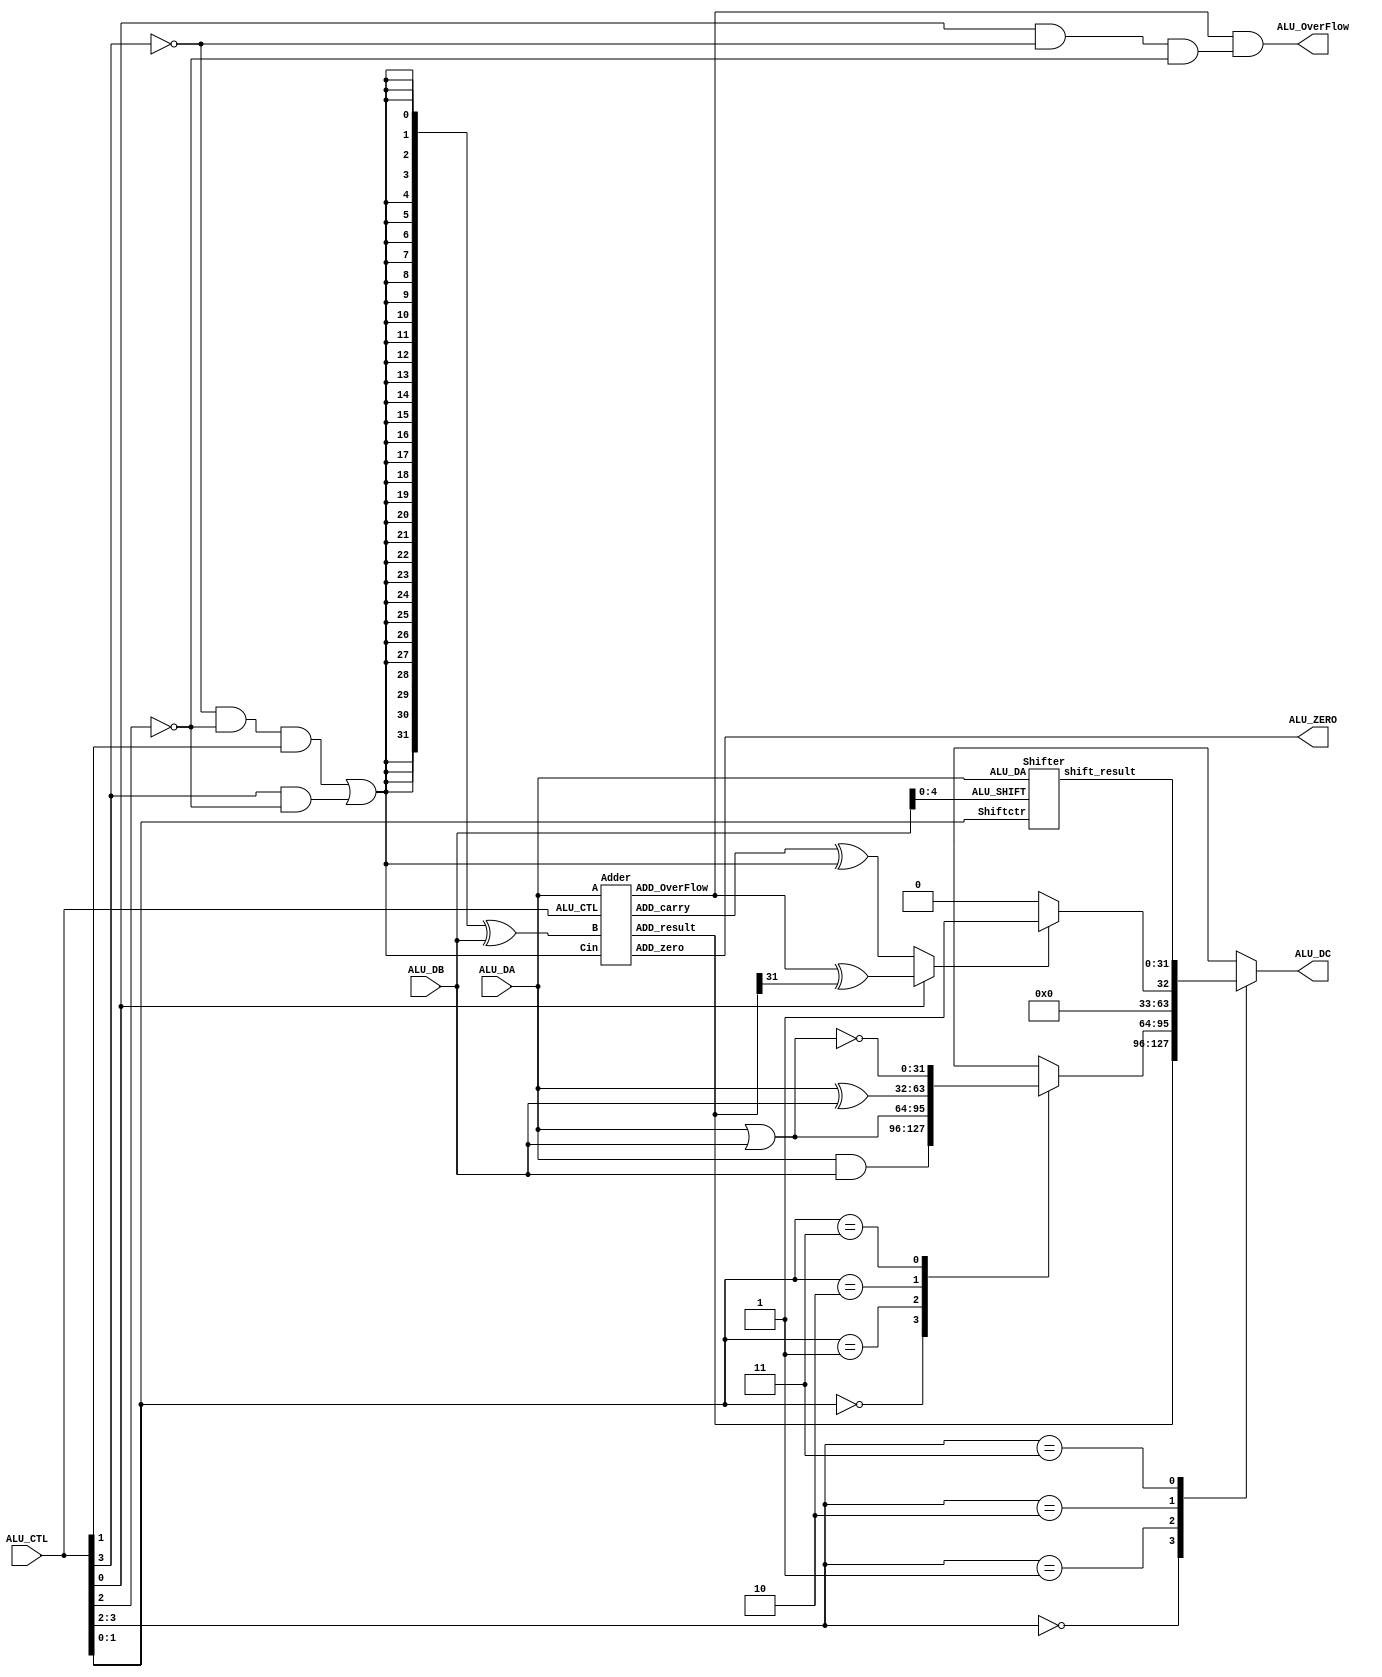
module alu(
	   ALU_DA,
       ALU_DB,
       ALU_CTL,
       ALU_ZERO,
       ALU_OverFlow,
       ALU_DC   
        );
	input [31:0]    ALU_DA;
    input [31:0]    ALU_DB;
    input [3:0]     ALU_CTL;	//ALU
    output          ALU_ZERO;
    output          ALU_OverFlow;
    output reg [31:0]   ALU_DC;
		   
//*******************************************
wire SUBctr;
wire SIGctr;
wire Ovctr;
wire [1:0] Opctr;
wire [1:0] Logicctr;
wire [1:0] Shiftctr;

assign SUBctr = (~ ALU_CTL[3]  & ~ALU_CTL[2]  & ALU_CTL[1]) | ( ALU_CTL[3]  & ~ALU_CTL[2]);
assign Opctr = ALU_CTL[3:2];	//
assign Ovctr = ALU_CTL[0] & ~ ALU_CTL[3]  & ~ALU_CTL[2] ;	//
assign SIGctr = ALU_CTL[0];
assign Logicctr = ALU_CTL[1:0];		//4
assign Shiftctr = ALU_CTL[1:0]; 	//3

//********************************************************

//************************************************
reg [31:0] logic_result;

always@(*) begin
    case(Logicctr)
	2'b00:logic_result = ALU_DA & ALU_DB;
	2'b01:logic_result = ALU_DA | ALU_DB;
	2'b10:logic_result = ALU_DA ^ ALU_DB;
	2'b11:logic_result = ~(ALU_DA | ALU_DB);
	endcase
end 

//********************************************************
//************************************************
wire [4:0]     ALU_SHIFT;
wire [31:0]    shift_result;
assign ALU_SHIFT = ALU_DB[4:0];		//

Shifter Shifter(.ALU_DA(ALU_DA),
                .ALU_SHIFT(ALU_SHIFT),
				.Shiftctr(Shiftctr),
				.shift_result(shift_result));

//********************************************************
//**********************************************
wire [31:0] BIT_M,XOR_M;
wire ADD_carry,ADD_OverFlow;
wire [31:0] ADD_result;

assign BIT_M={32{SUBctr}};
assign XOR_M=BIT_M^ALU_DB;

Adder Adder(.A(ALU_DA),
            .B(XOR_M),
			.Cin(SUBctr),
			.ALU_CTL(ALU_CTL),
			.ADD_carry(ADD_carry),
			.ADD_OverFlow(ADD_OverFlow),
			.ADD_zero(ALU_ZERO),
			.ADD_result(ADD_result));

assign ALU_OverFlow = ADD_OverFlow & Ovctr;

//********************************************************
//**************************************************
wire [31:0] SLT_result;
wire LESS_M1,LESS_M2,LESS_S,SLT_M;

assign LESS_M1 = ADD_carry ^ SUBctr;
assign LESS_M2 = ADD_OverFlow ^ ADD_result[31];
assign LESS_S = (SIGctr==1'b0)?LESS_M1:LESS_M2;
assign SLT_result = (LESS_S)?32'h00000001:32'h00000000;

//********************************************************
//**************************ALU result********************
always @(*) 
begin
  case(Opctr)	//ALU_DC
     2'b00:ALU_DC<=ADD_result;
     2'b01:ALU_DC<=logic_result;
     2'b10:ALU_DC<=SLT_result;
     2'b11:ALU_DC<=shift_result; 
  endcase
end

//********************************************************
endmodule


//********************************************************
//*************************shifter************************
//`define BEHAVOR
module Shifter(input [31:0] ALU_DA,
               input [4:0] ALU_SHIFT,
			   input [1:0] Shiftctr,
			   output reg [31:0] shift_result);

	wire [5:0] shift_n;
	assign shift_n = 6'd32 - ALU_SHIFT;	//
	always@(*) begin
	  case(Shiftctr)
	  2'b00:shift_result = ALU_DA << ALU_SHIFT;
	  2'b01:shift_result = ALU_DA >> ALU_SHIFT;
	  2'b10:shift_result = ({32{ALU_DA[31]}} << shift_n) | (ALU_DA >> ALU_SHIFT);
	  default:shift_result = ALU_DA;
	  endcase
	end

endmodule


//*************************************************************
//***********************************adder*********************

//`define ALGORITHM
module Adder(input [31:0] A,
             input [31:0] B,
			 input Cin,
			 input [3:0] ALU_CTL,
			 output ADD_carry,
			 output ADD_OverFlow,
			 output ADD_zero,
			 output [31:0] ADD_result);

`ifdef ALGORITHM
    assign {ADD_carry,ADD_result}=A+B+Cin;
`else
    cla_adder32 cla_adder32_inst1(.A(A),
	                        .B(B),
							.cin(Cin),
							.cout(ADD_carry),
							.result(ADD_result));	
`endif

   assign ADD_zero = ~(|ADD_result);
   assign ADD_OverFlow=((ALU_CTL==4'b0001) & ~A[31] & ~B[31] & ADD_result[31]) 
                      | ((ALU_CTL==4'b0001) & A[31] & B[31] & ~ADD_result[31])
                      | ((ALU_CTL==4'b0011) & A[31] & ~B[31] & ~ADD_result[31]) 
					  | ((ALU_CTL==4'b0011) & ~A[31] & B[31] & ADD_result[31]);
endmodule

//************************************************************************************
//***************************************cla_adder************************************

//
module cla_4(p,g,c_in,c,gx,px);
input[3:0] p,g;
input c_in;
output[4:1] c;
output gx,px;

assign c[1] = p[0]&c_in | g[0];
assign c[2] = p[1]&p[0]&c_in | p[1]&g[0] | g[1];
assign c[3] = p[2]&p[1]&p[0]&c_in | p[2]&p[1]&g[0] | p[2]&g[1] | g[2];
assign c[4] = gx | px&c_in;

assign px = p[3]&p[2]&p[1]&p[0];
assign gx = g[3] | p[3]&g[2] | p[3]&p[2]&g[1] | p[3]&p[2]&p[1]&g[0];

endmodule



module cla_adder32(A,B,cin,result,cout);

input [31:0] A;
input [31:0] B;
input cin;
output[31:0] result;
output cout;


wire[31:0] TAG,TAP;
wire[32:1] TAC;
wire[15:0] TAG_0,TAP_0;
wire[3:0] TAG_1,TAP_1;
wire[8:1] TAC_1;
wire[4:1] TAC_2;
 
assign result = A ^ B ^ {TAC[31:1],cin};  
assign TAG = A&B;
assign TAP = A|B;

cla_4 cla_0_0( .p(TAP[3:0]),  .g(TAG[3:0]),  .c_in(cin), .c(TAC[4:1]),  .gx(TAG_0[0]),.px(TAP_0[0]));
cla_4 cla_0_1( .p(TAP[7:4]),  .g(TAG[7:4]),  .c_in(TAC_1[1]),.c(TAC[8:5]),  .gx(TAG_0[1]),.px(TAP_0[1]));
cla_4 cla_0_2( .p(TAP[11:8]), .g(TAG[11:8]), .c_in(TAC_1[2]),.c(TAC[12:9]), .gx(TAG_0[2]),.px(TAP_0[2]));
cla_4 cla_0_3( .p(TAP[15:12]),.g(TAG[15:12]),.c_in(TAC_1[3]),.c(TAC[16:13]),.gx(TAG_0[3]),.px(TAP_0[3]));
cla_4 cla_0_4( .p(TAP[19:16]),.g(TAG[19:16]),.c_in(TAC_1[4]),.c(TAC[20:17]),.gx(TAG_0[4]),.px(TAP_0[4]));
cla_4 cla_0_5( .p(TAP[23:20]),.g(TAG[23:20]),.c_in(TAC_1[5]),.c(TAC[24:21]),.gx(TAG_0[5]),.px(TAP_0[5]));
cla_4 cla_0_6( .p(TAP[27:24]),.g(TAG[27:24]),.c_in(TAC_1[6]),.c(TAC[28:25]),.gx(TAG_0[6]),.px(TAP_0[6]));
cla_4 cla_0_7( .p(TAP[31:28]),.g(TAG[31:28]),.c_in(TAC_1[7]),.c(TAC[32:29]),.gx(TAG_0[7]),.px(TAP_0[7]));


////////////////////////
cla_4 cla_1_0(.p(TAP_0[3:0]),  .g(TAG_0[3:0]),  .c_in(cin),.c(TAC_1[4:1]),  .gx(TAG_1[0]),.px(TAP_1[0]));


cla_4 cla_1_1(.p(TAP_0[7:4]),  .g(TAG_0[7:4]),  .c_in(TAC_1[4]),.c(TAC_1[8:5]),  .gx(TAG_1[1]),.px(TAP_1[1]));

assign TAG_1[3:2] = 2'b00;
assign TAP_1[3:2] = 2'b00;

cla_4 cla_2_0(.p(TAP_1[3:0]),   .g(TAG_1[3:0]),    .c_in(1'b0), .c(TAC_2[4:1]),  .gx(),.px());

assign cout = TAC_2[2];

endmodule